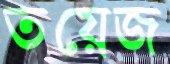
তয়েজ